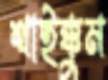
থাইক্কুম